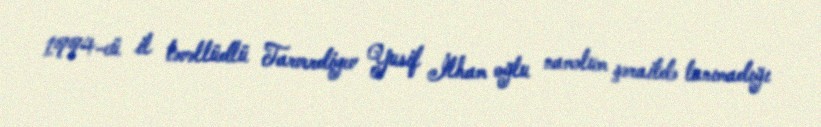
1994-cü il təvəllüdlü Tarverdiyev Yusif İlham oğlu naməlum şəraitdə tanımadığı